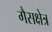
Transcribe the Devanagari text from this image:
गैसक्षेत्र